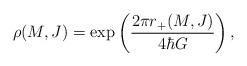
LaTeX: \begin{align*} \rho(M,J) = \exp\left(2\pi r_+(M,J) \over 4\hbar G\right),\end{align*}